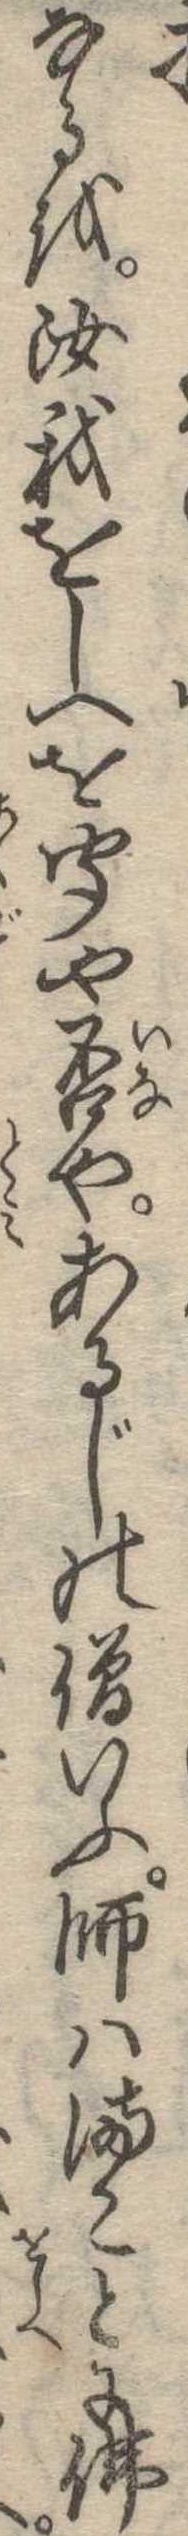
なるを汝我をしへを聞や否やあるじの僧いふ師はまことに仏